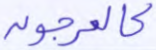
كالعرجون